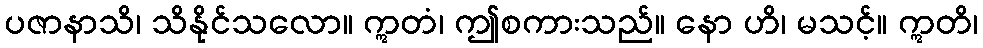
ပဇာနာသိ၊ သိနိုင်သလော။ ဣတံ၊ ဤစကားသည်။ နော ဟိ၊ မသင့်။ ဣတိ၊